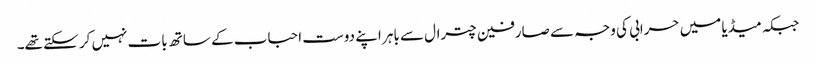
جبکہ میڈیا میں حرابی کی وجہ سے صارفین چترال سے باہر اپنے دوست احباب کے ساتھ بات نہیں کر سکتے تھے۔